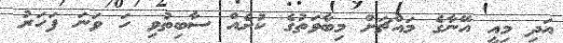
އަދި މިއީ އޭނާގެ މައްޗަށް މިބާވަތުގެ ކުށެއް ސާބިތުވި ހަ ވަނަ ފަހަރު